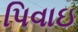
પિવાઇ